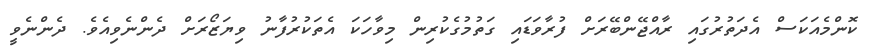
ކޮންމެއަކަސް އެދަތުރުގައި ރާއްޖޭންބޭރަށް ފުރާވަޑައި ގަތުމުގެކުރިން މިވާހަކަ އެތަކުރުފާނު ވިޔަޒޯރަށް ދެންނެވިއެވެ. ދެންނެވީ